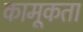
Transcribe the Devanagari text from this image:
कामूकता